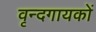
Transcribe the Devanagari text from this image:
वृन्दगायकों